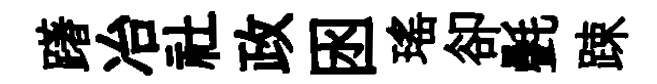
躇冶社政囦瑶卻㲲踈